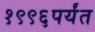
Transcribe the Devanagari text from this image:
१९९६पर्यंत